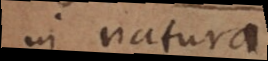
in natura,